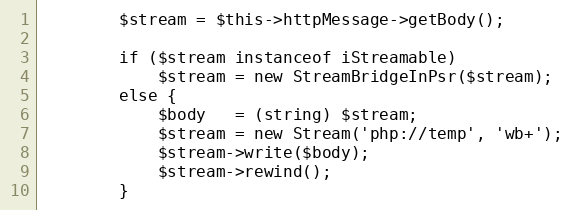
Language: PHP
        $stream = $this->httpMessage->getBody();

        if ($stream instanceof iStreamable)
            $stream = new StreamBridgeInPsr($stream);
        else {
            $body   = (string) $stream;
            $stream = new Stream('php://temp', 'wb+');
            $stream->write($body);
            $stream->rewind();
        }